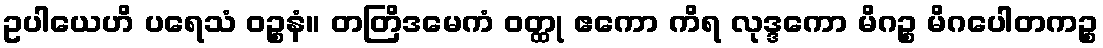
ဥပါယေဟိ ပရေသံ ဝဉ္စနံ။ တတြိဒမေကံ ဝတ္ထု ဧကော ကိရ လုဒ္ဒကော မိဂဉ္စ မိဂပေါတကဉ္စ